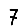
Digit: 7